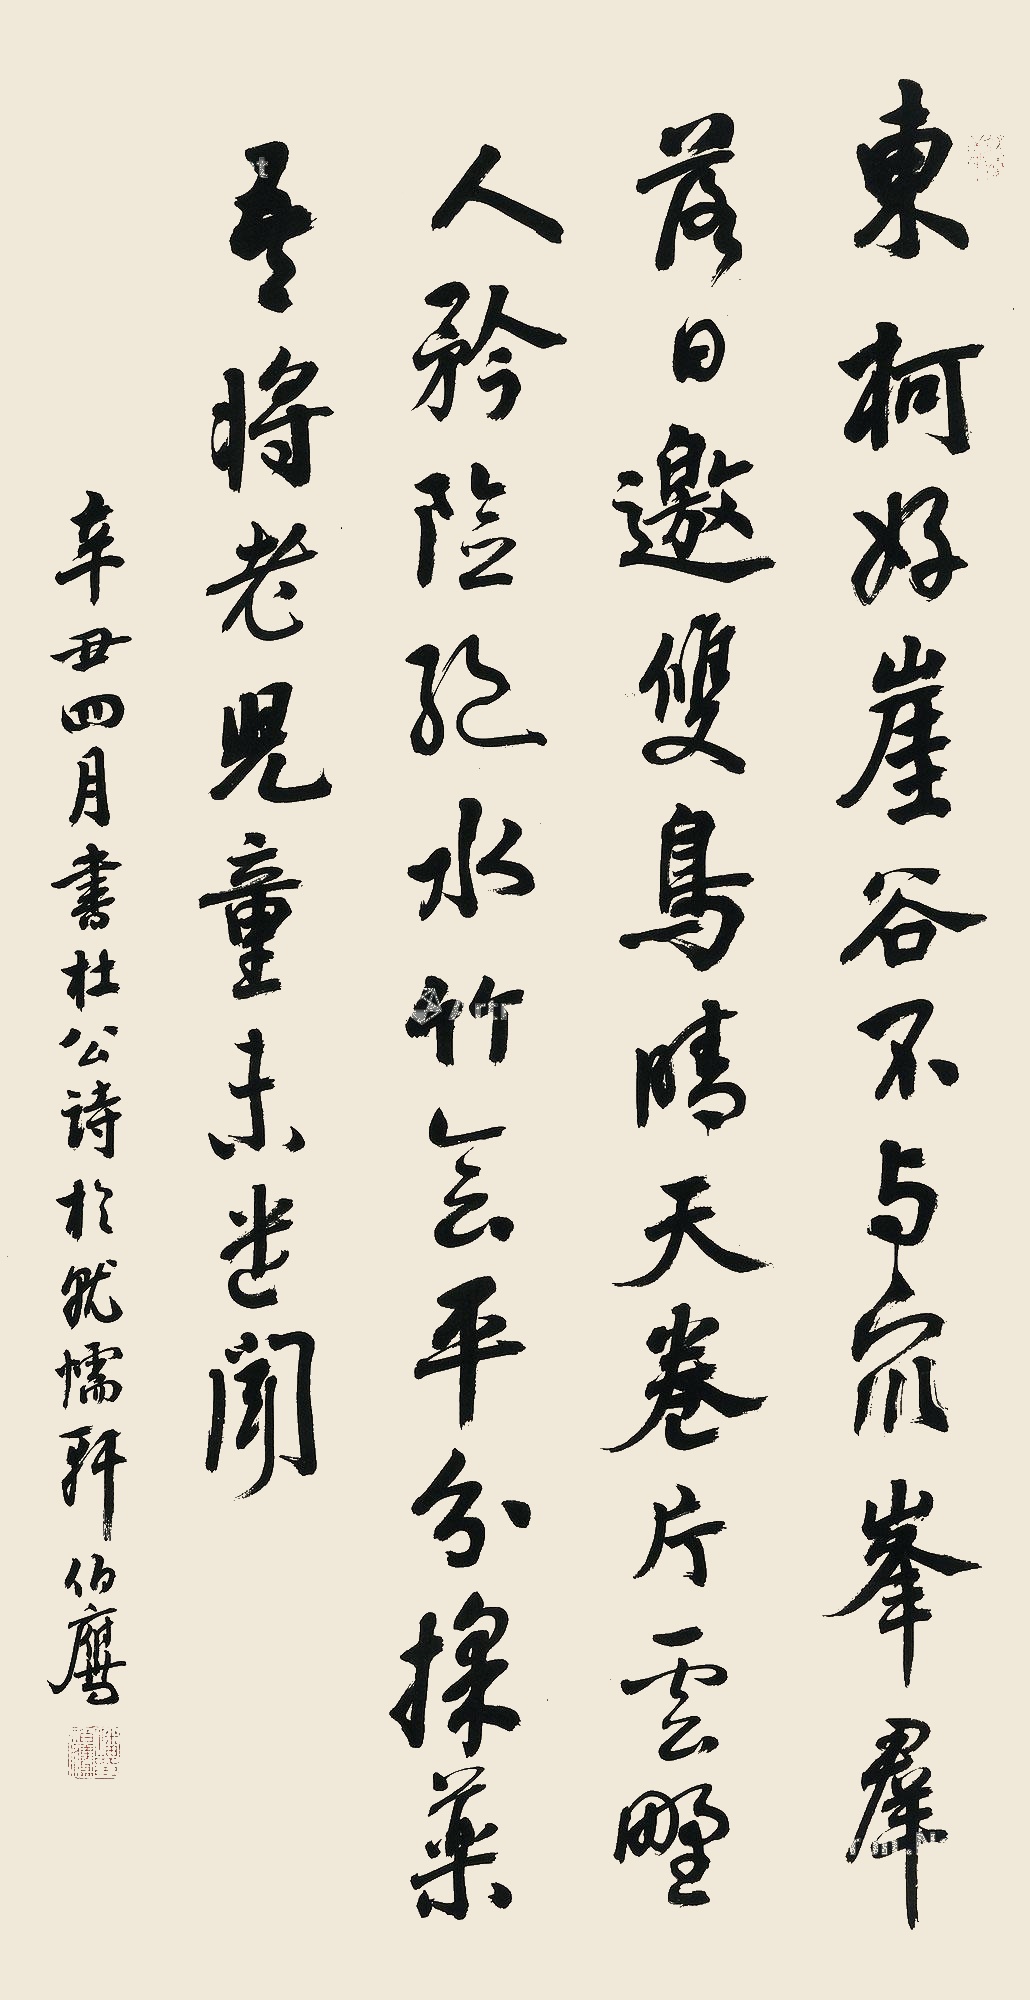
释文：东柯好崖谷，不与众峰群。落日邀双鸟，晴天卷片云。野人矜险绝，水竹会平分。采药吾将老，儿童未遣闻。辛丑四月，书杜公诗于就懦轩，伯鹰。